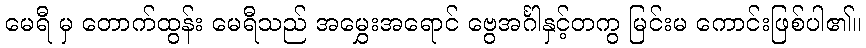
မေရီ မှ တောက်ထွန်း မေရီသည် အမွှေးအရောင် ဗွေအင်္ဂါနှင့်တကွ မြင်းမ ကောင်းဖြစ်ပါ၏။